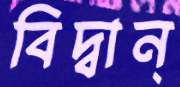
বিদ্বান্